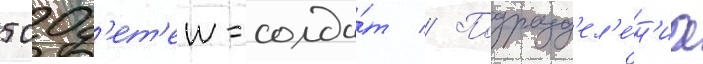
500 д'ет'еи-солда́т // Подразд'ел'е́н'иа